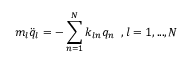
m _ { l } \ddot { q } _ { l } = - \sum _ { n = 1 } ^ { N } k _ { l n } q _ { n } \; \; , l = 1 , . . . , N